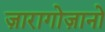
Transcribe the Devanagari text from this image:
ज़ारागोज़ानो